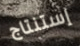
إستنتاج